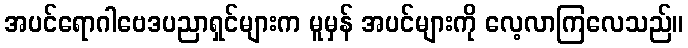
အပင်ရောဂါဗေဒပညာရှင်များက မူမှန် အပင်များကို လေ့လာကြလေသည်။